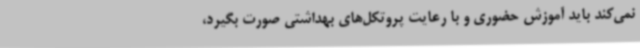
نمی‌کند باید آموزش حضوری و با رعایت پروتکل‌های بهداشتی صورت بگیرد،